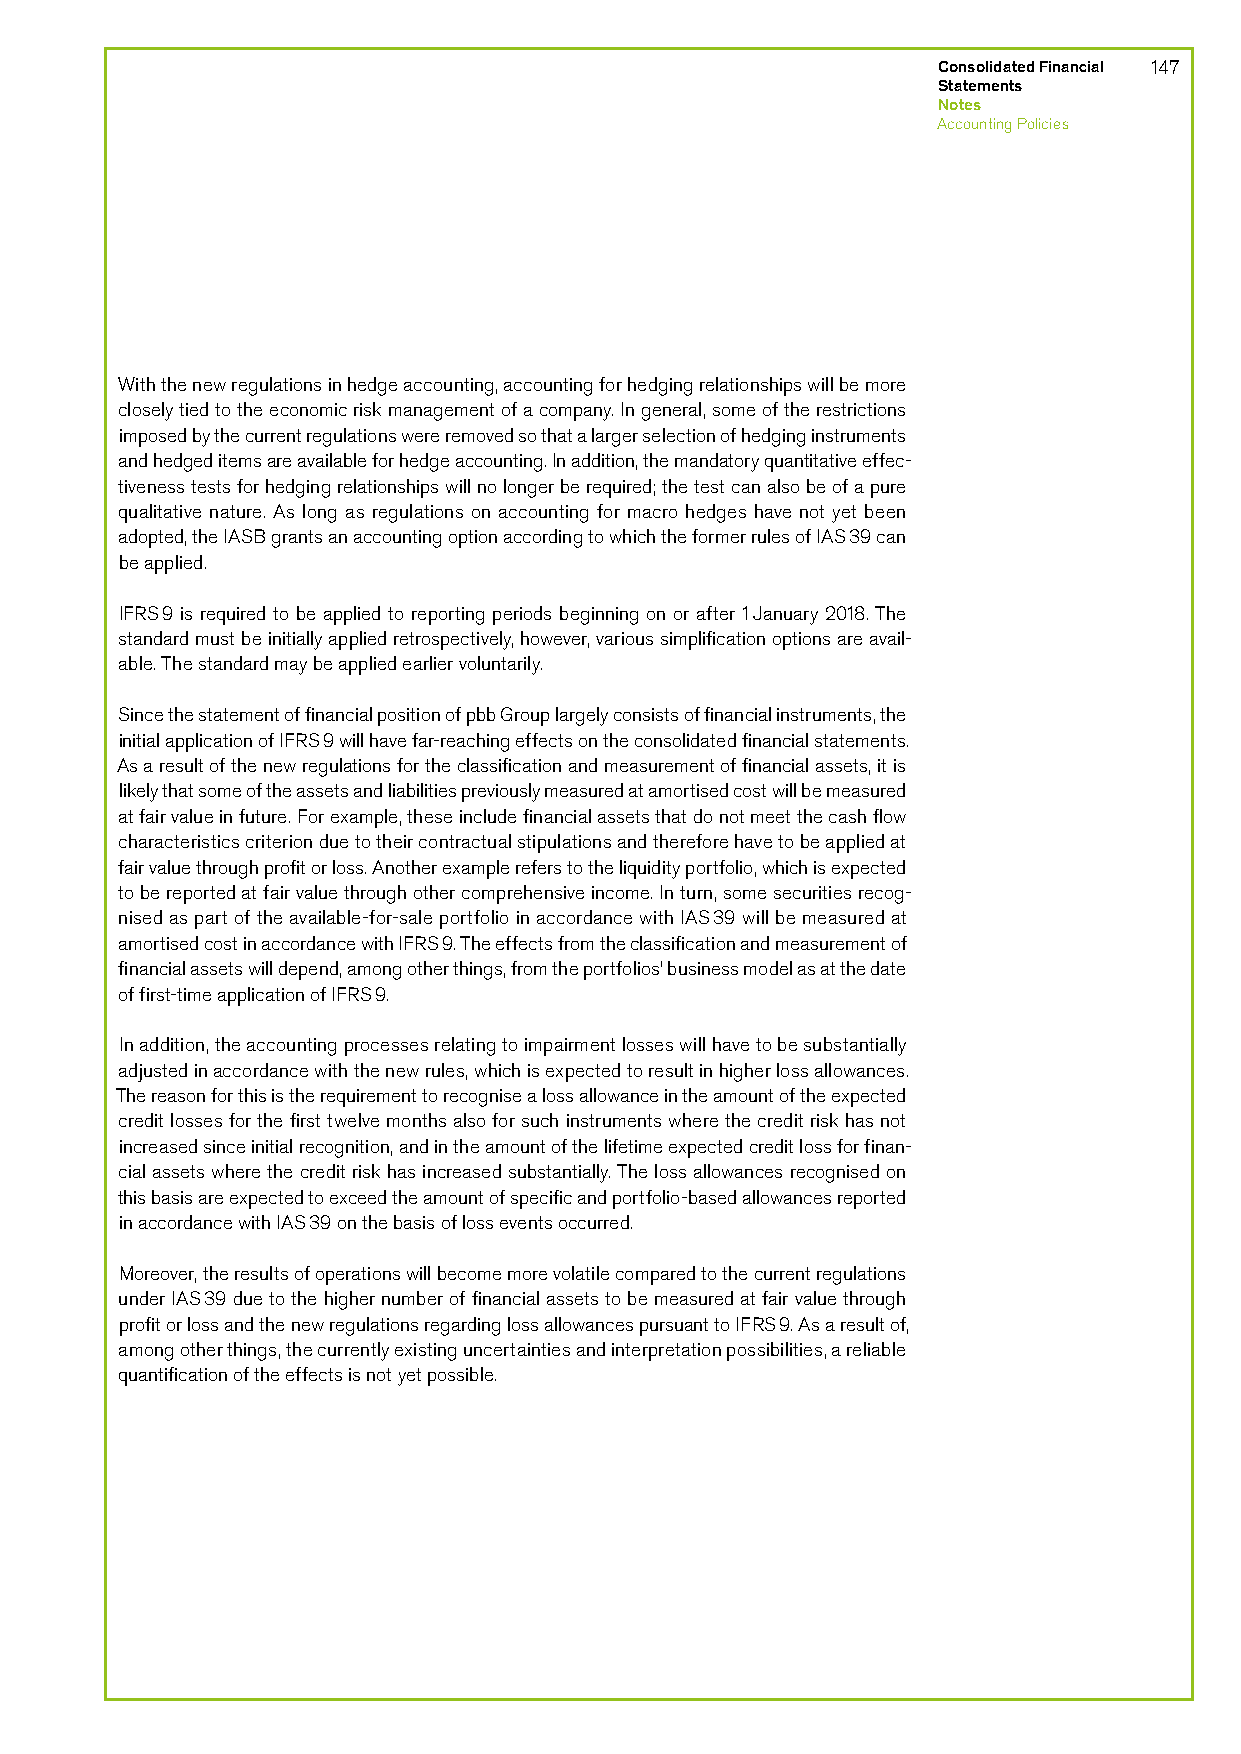
Consolidated Financial 147
 Statements
 Notes
 Accounting Policies
 With the new regulations in hedge accounting, accounting for hedging relationships will be more
 closely tied to the economic risk management of a company. In general, some of the restrictions
 imposed by the current regulations were removed so that a larger selection of hedging instruments
 and hedged items are available for hedge accounting. In addition, the mandatory quantitative effec-
 tiveness tests for hedging relationships will no longer be required; the test can also be of a pure
 qualitative nature. As long as regulations on accounting for macro hedges have not yet been
 adopted, the IASB grants an accounting option according to which the former rules of IAS 39 can
 be applied.
 IFRS 9 is required to be applied to reporting periods beginning on or after 1 January 2018. The
 standard must be initially applied retrospectively, however, various simplification options are avail-
 able. The standard may be applied earlier voluntarily.
 Since the statement of financial position of pbb Group largely consists of financial instruments, the
 initial application of IFRS 9 will have far-reaching effects on the consolidated financial statements.
 As a result of the new regulations for the classification and measurement of financial assets, it is
 likely that some of the assets and liabilities previously measured at amortised cost will be measured
 at fair value in future. For example, these include financial assets that do not meet the cash flow
 characteristics criterion due to their contractual stipulations and therefore have to be applied at
 fair value through profit or loss. Another example refers to the liquidity portfolio, which is expected
 to be reported at fair value through other comprehensive income. In turn, some securities recog-
 nised as part of the available-for-sale portfolio in accordance with IAS 39 will be measured at
 amortised cost in accordance with IFRS 9. The effects from the classification and measurement of
 financial assets will depend, among other things, from the portfolios’ business model as at the date
 of first-time application of IFRS 9.
 In addition, the accounting processes relating to impairment losses will have to be substantially
 adjusted in accordance with the new rules, which is expected to result in higher loss allowances.
 The reason for this is the requirement to recognise a loss allowance in the amount of the expected
 credit losses for the first twelve months also for such instruments where the credit risk has not
 increased since initial recognition, and in the amount of the lifetime expected credit loss for finan-
 cial assets where the credit risk has increased substantially. The loss allowances recognised on
 this basis are expected to exceed the amount of specific and portfolio-based allowances reported
 in accordance with IAS 39 on the basis of loss events occurred.
 Moreover, the results of operations will become more volatile compared to the current regulations
 under IAS 39 due to the higher number of financial assets to be measured at fair value through
 profit or loss and the new regulations regarding loss allowances pursuant to IFRS 9. As a result of,
 among other things, the currently existing uncertainties and interpretation possibilities, a reliable
 quantification of the effects is not yet possible.